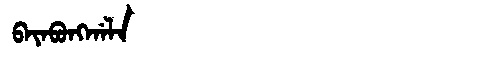
Manchu: ᠪᠠᠶᠠᠪᡠᠩᡤᠠᠯᠠ
Romanization: BAYABUNGGALA